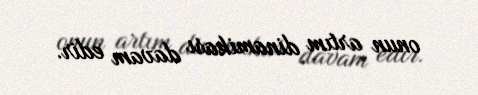
onun artım dinamikası davam edir.